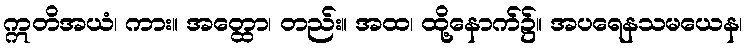
ဣတိအယံ၊ ကား။ အတ္ထော၊ တည်း။ အထ၊ ထို့နောက်၌။ အပရေနသမယေန၊